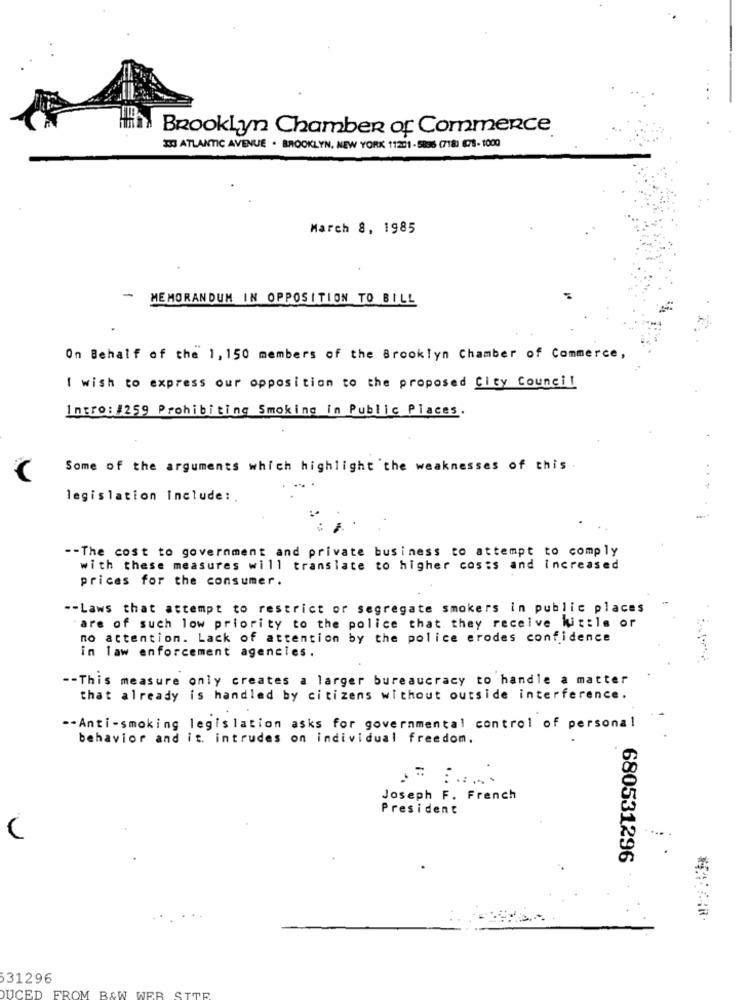
Brooklyn Chamber of Commerce
150 ATLANTIC AVENUE . BROOKLYN, NEW YORK 11251 -5836 (718) 678- 1000
March 8, 1985
-
MEMORANDUM IN OPPOSITION TO BILL
On Behalf of the 1, 150 members of the Brooklyn Chamber of Commerce,
I wish to express our opposition to the proposed City Council
Intro: #259 Prohibiting Smoking in Public Places.
Some of the arguments which highlight the weaknesses of this
. .
legislation Include:
-- The cost to government and private business to attempt to comply
with these measures will translate to higher costs and increased
prices for the consumer.
-- Laws that attempt to restrict or segregate smokers in public places
are of such low priority to the police that they receive little or
no attention. Lack of attention by the police erodes confidence
in law enforcement agencies.
-- This measure only creates a larger bureaucracy to handle a matter
that already is handled by citizens without outside interference.
-- Anti-smoking legislation asks for governmental control of personal
behavior and it. intrudes on individual freedom.
Joseph F. French
President
680531296
531296
DUCED FROM B&W WER